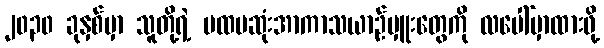
၂၀၃၀ ခုနှစ်မှာ သူတို့ရဲ့ ပထမဆုံးအာကာသယာဉ်မှူးတွေကို လပေါ်မှာထားဖို့